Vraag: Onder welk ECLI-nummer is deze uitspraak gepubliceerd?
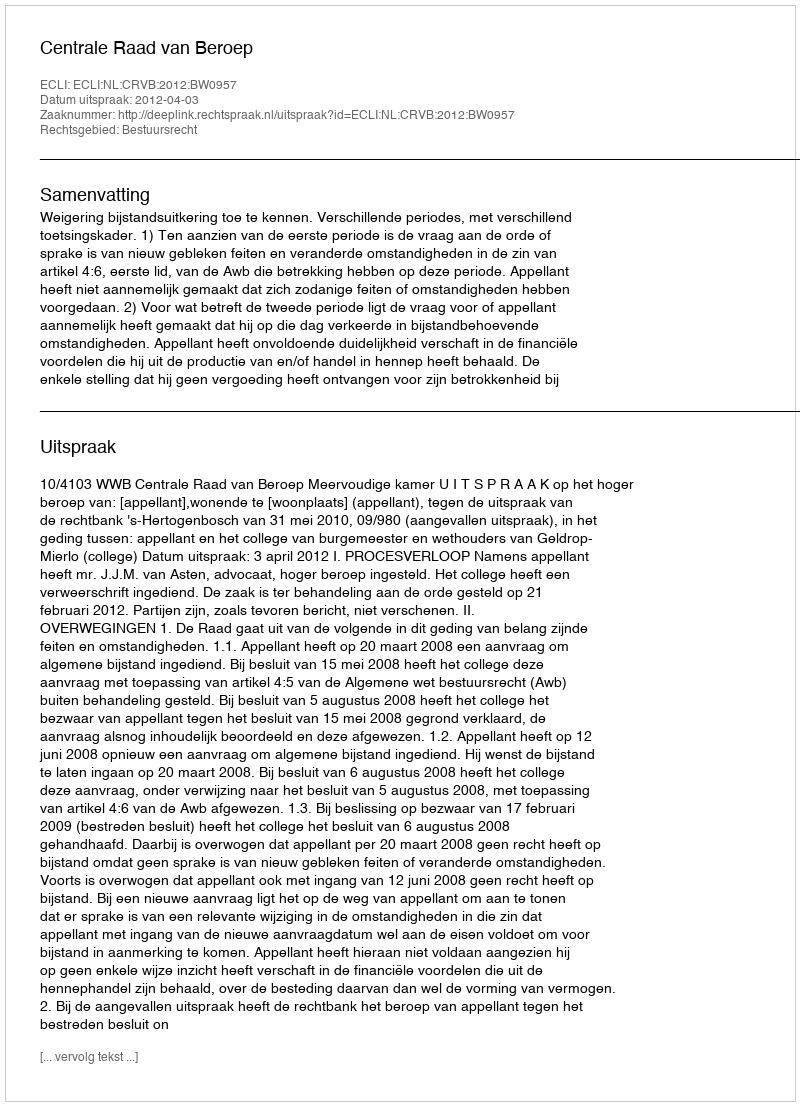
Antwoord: ECLI:NL:CRVB:2012:BW0957